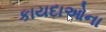
કાયદાઓના